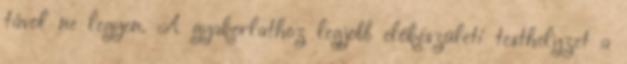
távol ne legyen. A gyakorlathoz legjobb előkészületi testhelyzet a